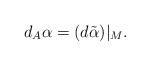
LaTeX: \begin{align*} d_A \alpha = (d \tilde \alpha)|_M.\end{align*}